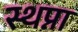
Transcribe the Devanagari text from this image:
स्थप्ना